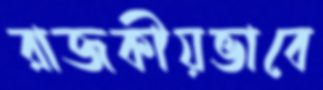
রাজকীয়ভাবে